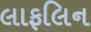
લાફલિન